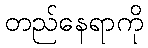
တည်နေရာကို